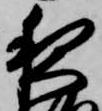
夜